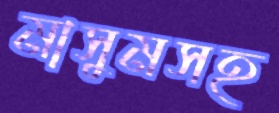
মাসুমসহ